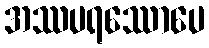
အဿပရဿောပေ